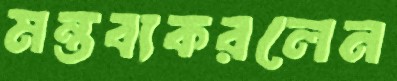
মন্তব্যকরলেন